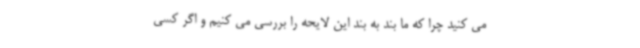
می کنید چرا که ما بند به بند این لایحه را بررسی می کنیم و اگر کسی